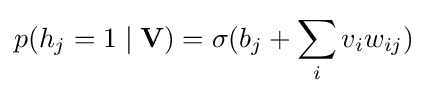
p(h_{j}=1\mid {\textbf {V}})=\sigma (b_{j}+\sum _{i}v_{i}w_{ij})